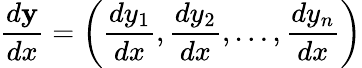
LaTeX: {\frac{d\mathbf{y}}{dx}}=\left({\frac{dy_{1}}{dx}},{\frac{dy_{2}}{dx}},\ldots,{\frac{dy_{n}}{dx}}\right)